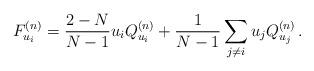
LaTeX: \begin{align*}F_{u_i}^{(n)} = \frac{2-N}{N-1} u_i Q_{u_i}^{(n)} +\frac{1}{N-1} \sum_{j \neq i}u_j Q_{u_j}^{(n)}\,.\end{align*}